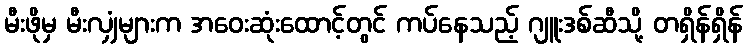
မီးဖိုမှ မီးလျှံများက အဝေးဆုံးထောင့်တွင် ကပ်နေသည့် ဂျူးဒစ်ဆီသို့ တရှိန်ရှိန်